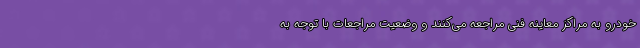
خودرو به مراکز معاینه فنی مراجعه می‌کنند و وضعیت مراجعات با توجه به